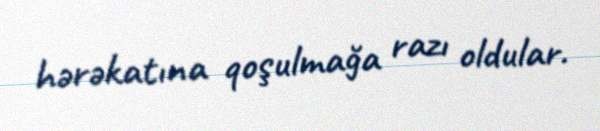
hərəkatına qoşulmağa razı oldular.